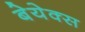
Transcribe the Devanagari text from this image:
बेयेक्स